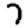
Digit: 7